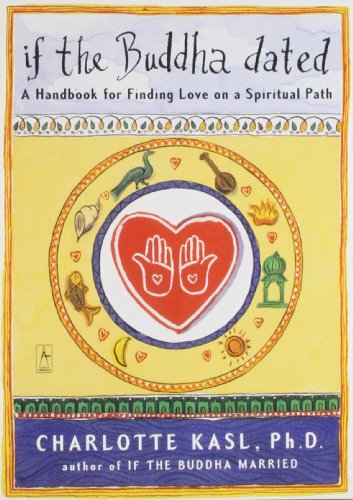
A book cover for If the Buddha Dated: A Handbook for Finding Love on a Spiritual Path; Charlotte Kasl; Self-Help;